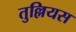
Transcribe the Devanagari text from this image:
तुल्लियस